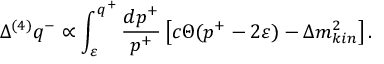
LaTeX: \Delta ^ { ( 4 ) } q ^ { - } \propto \int _ { \varepsilon } ^ { q ^ { + } } \frac { d p ^ { + } } { p ^ { + } } \left[ c \Theta ( p ^ { + } - 2 \varepsilon ) - \Delta m _ { k i n } ^ { 2 } \right] .